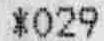
*029